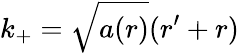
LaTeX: k_{+}=\sqrt{a(r)}(r^{\prime}+r)